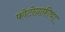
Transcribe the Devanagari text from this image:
फोटोग्राफीचा